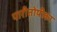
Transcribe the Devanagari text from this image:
पारीतोषीका